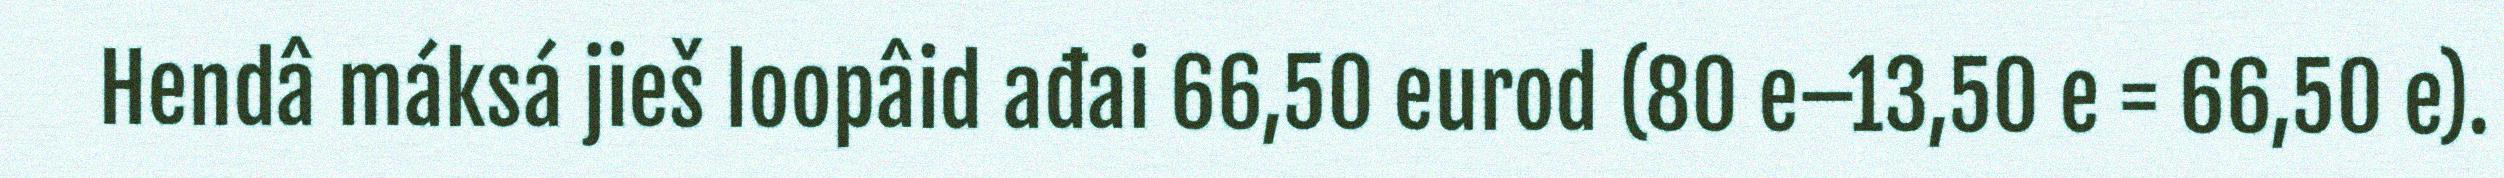
Hendâ máksá jieš loopâid ađai 66,50 eurod (80 e–13,50 e = 66,50 e).